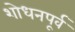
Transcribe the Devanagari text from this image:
शोधनपूर्व